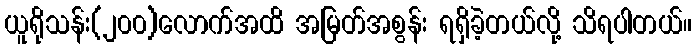
ယူရိုသန်း(၂၀၀)လောက်အထိ အမြတ်အစွန်း ရရှိခဲ့တယ်လို့ သိရပါတယ်။